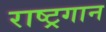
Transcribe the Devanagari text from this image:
राष्‍ट्रगान